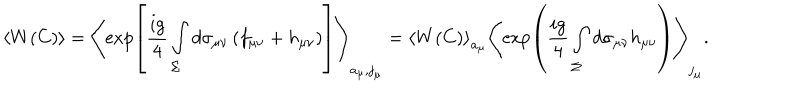
LaTeX: \left< W ( C ) \right> = \left< \exp \left[ \frac { i g } { 4 } \int _ { \Sigma } ^ { } d \sigma _ { \mu \nu } \left( f _ { \mu \nu } + h _ { \mu \nu } \right) \right] \right> _ { a _ { \mu } , j _ { \mu } } = \left< W ( C ) \right> _ { a _ { \mu } } \left< \exp \left( \frac { i g } { 4 } \int _ { \Sigma } ^ { } d \sigma _ { \mu \nu } h _ { \mu \nu } \right) \right> _ { j _ { \mu } } .